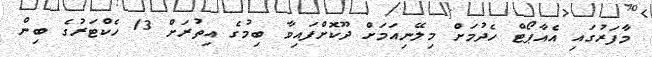
މާފަރުގައި އެއާޕޯޓް ހެދުމަށް މިލޭނިއަމަށް ދޫކޮށްފައިވާ ބިމުގެ އިތުރަށް 13 ހެކްޓަރުގެ ބިން